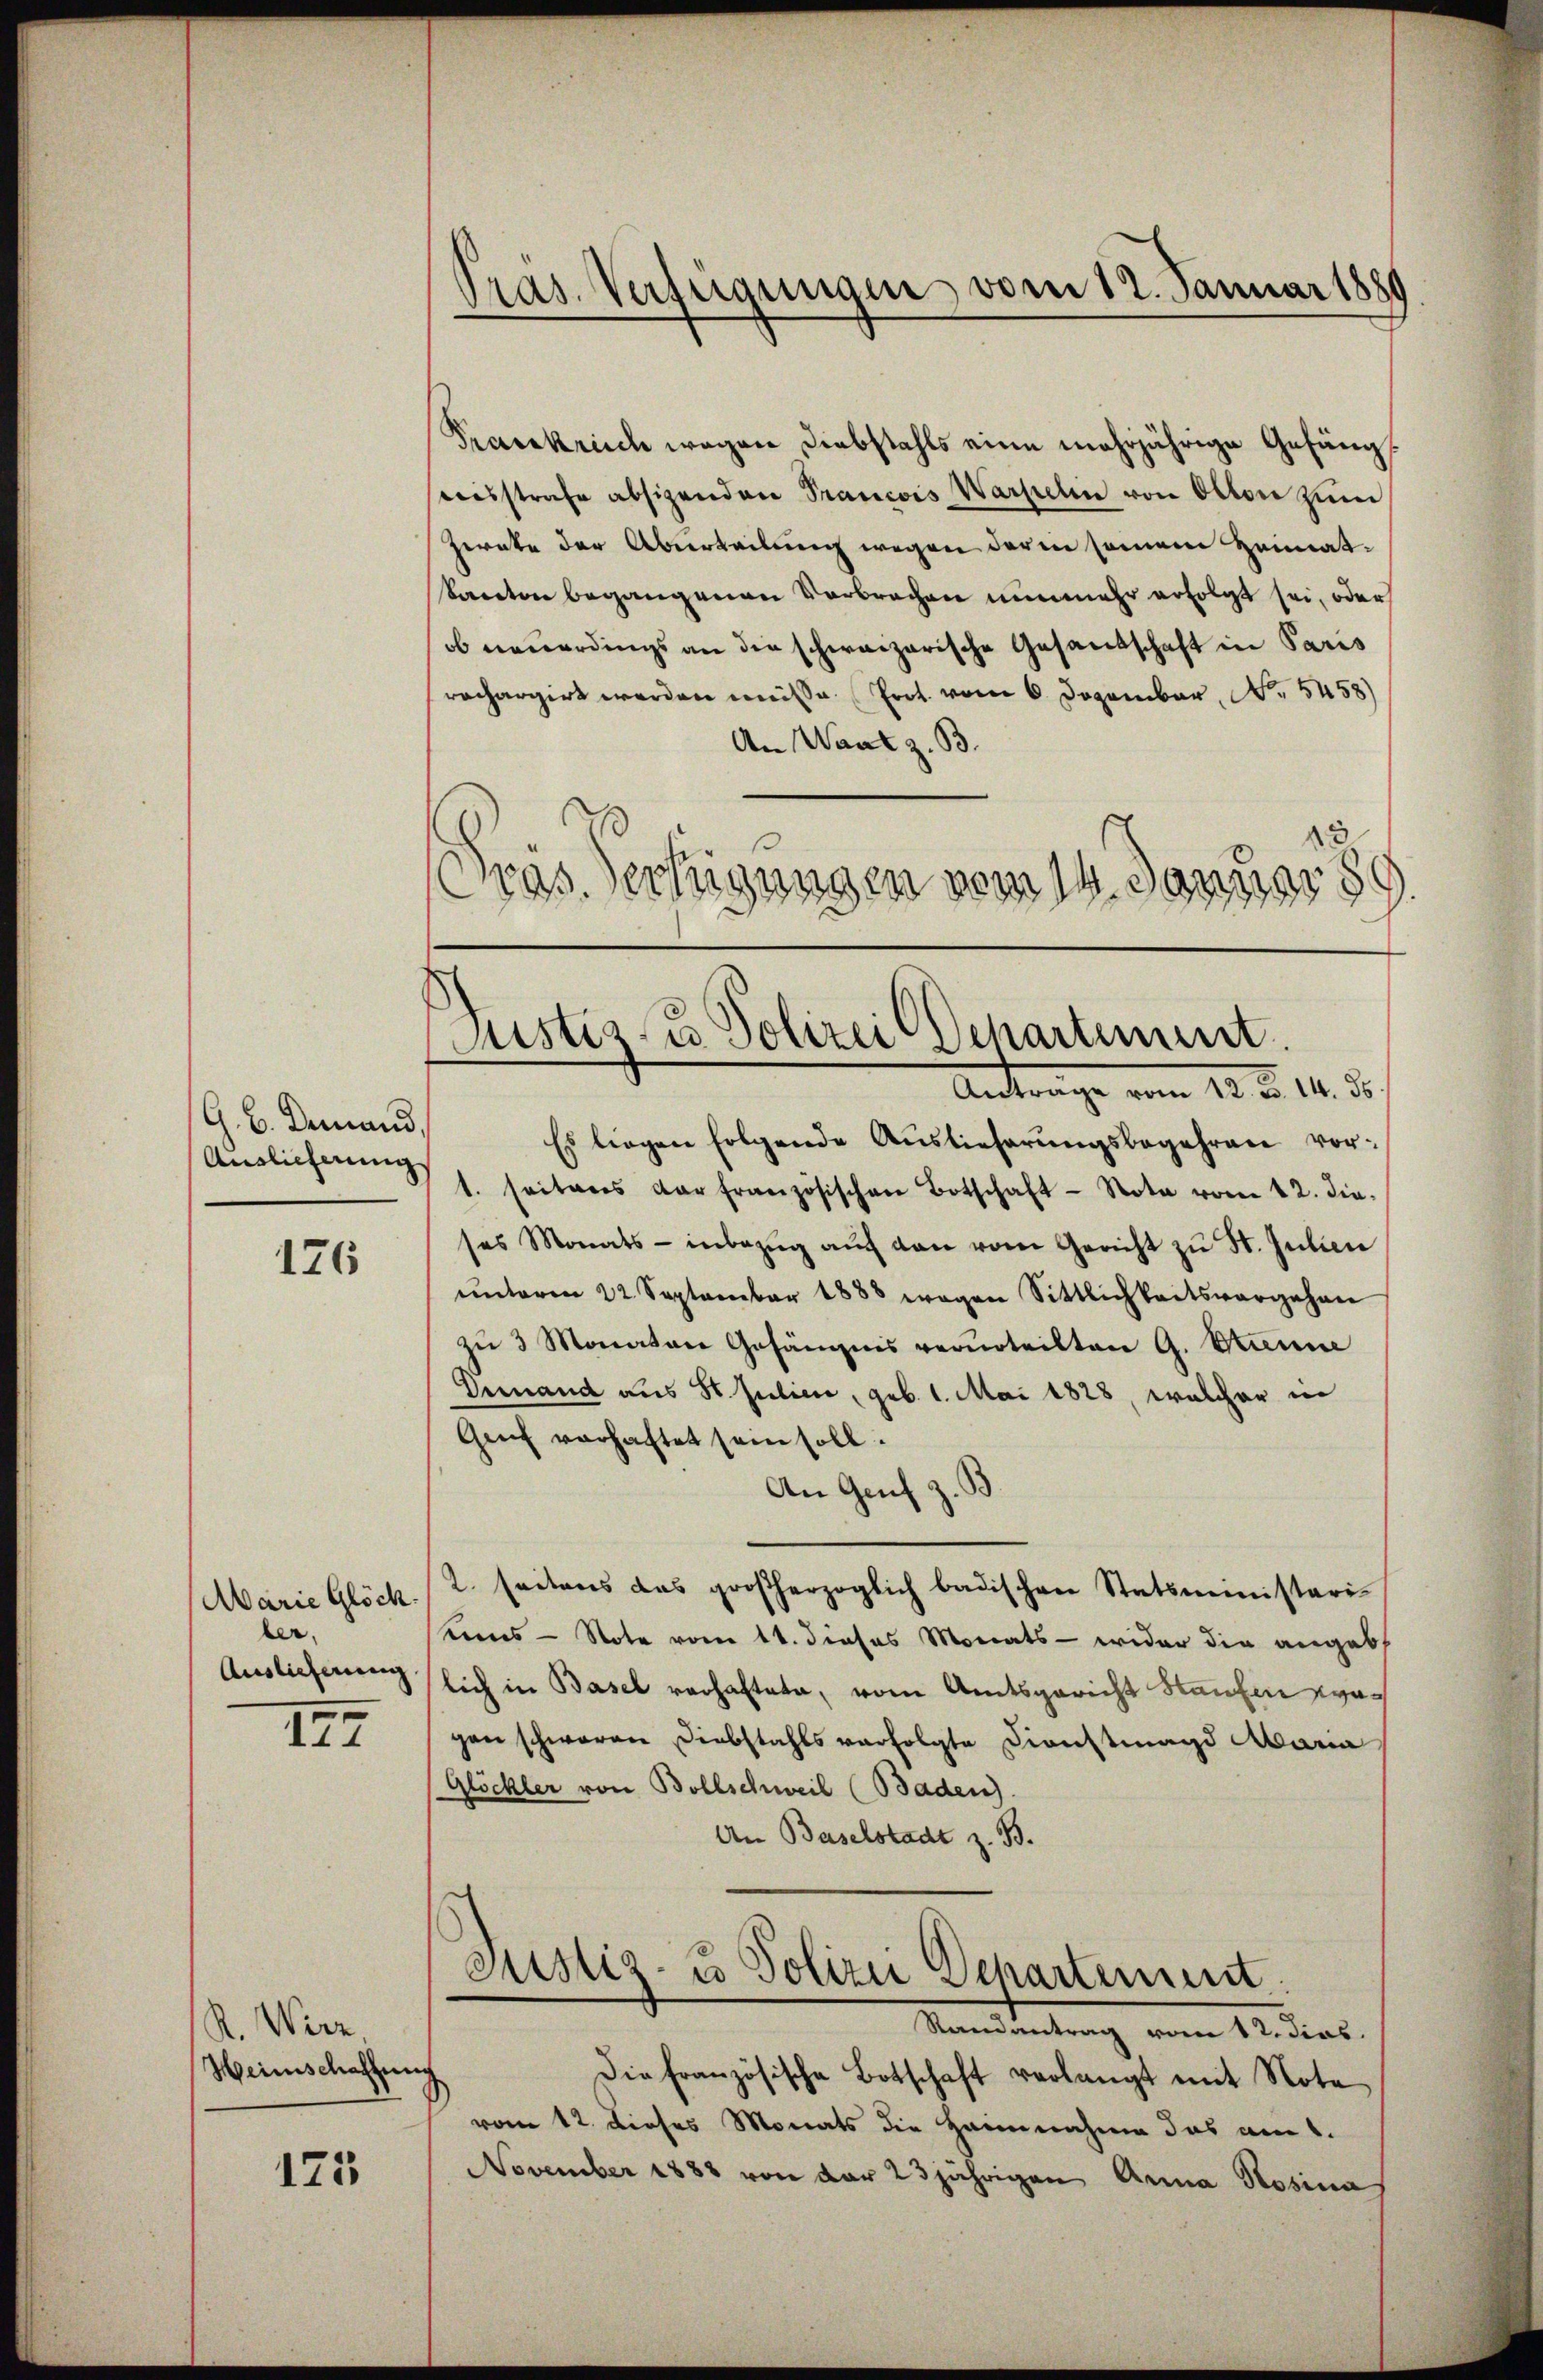
G. B. Demand,
Auslicherung

126

(Marie Glöck
ber,
Auslieferung

197

R. Wirz,
Heinschaffung

125

Pras. Verfeigungen vom 12. Januar 1889

Präs. Verfügungen vom 14. Januar 189
Justiz- u. Polizei Schartiment.
Antrage vom 12. d. 14. 36.

Prasekreich wegen Diebstahls eine mehrjährige Gefäng
sweisstrafe absizenden Prancois Wartelin von Otton zum
Zerate der Überteilung wegen deren seinem Heimat¬
Kanton begangenen Verbrechen nunmehr erfolgt sei, oder
ob neuerdings an die schweizerische Gesandschaft in Paris
rachargirt werden müsse. Prot. vom 6. Dezember N. 5458)
An Wart z. B.
Es liegen folgende Auslieferŭngsbegehren vor¬
1. seiters der französischen Botschaft - Nota vom 12. die.
ses Monats- inbezŭg aŭf den vom Gericht zŭ St. Julien
ŭnterm 22. September 1888 wegen Sittlichkeitsvergehen
zŭ 3 Monaten Gefängnis verurteilten G. Etienne
Demand aus St. Julier, geb. 1. Mai 1828, welcher in
Genf vorhaftet sein soll.
An Genf z
2. seitens das großherzoglich badischen Statsministeri-
Keines - Note vom 11. dieses Monats - wider die angeb
lich in Basel verhaftete, vom Amtsgericht Staufen vagan schwaren Diebstahls verfolgte Dienstmagd Maria
Glöckler von Bollschweil (Baden).
An Baselstadt z. B.
Justiz- u Polizei Departement.
Randantrag vom 12. dies
die französische Botschaft verlangt mit Note
vom 12. Dieses Monats die Heinnahme das am 1.
November 1882 von der 23jährigen Anna Rosina